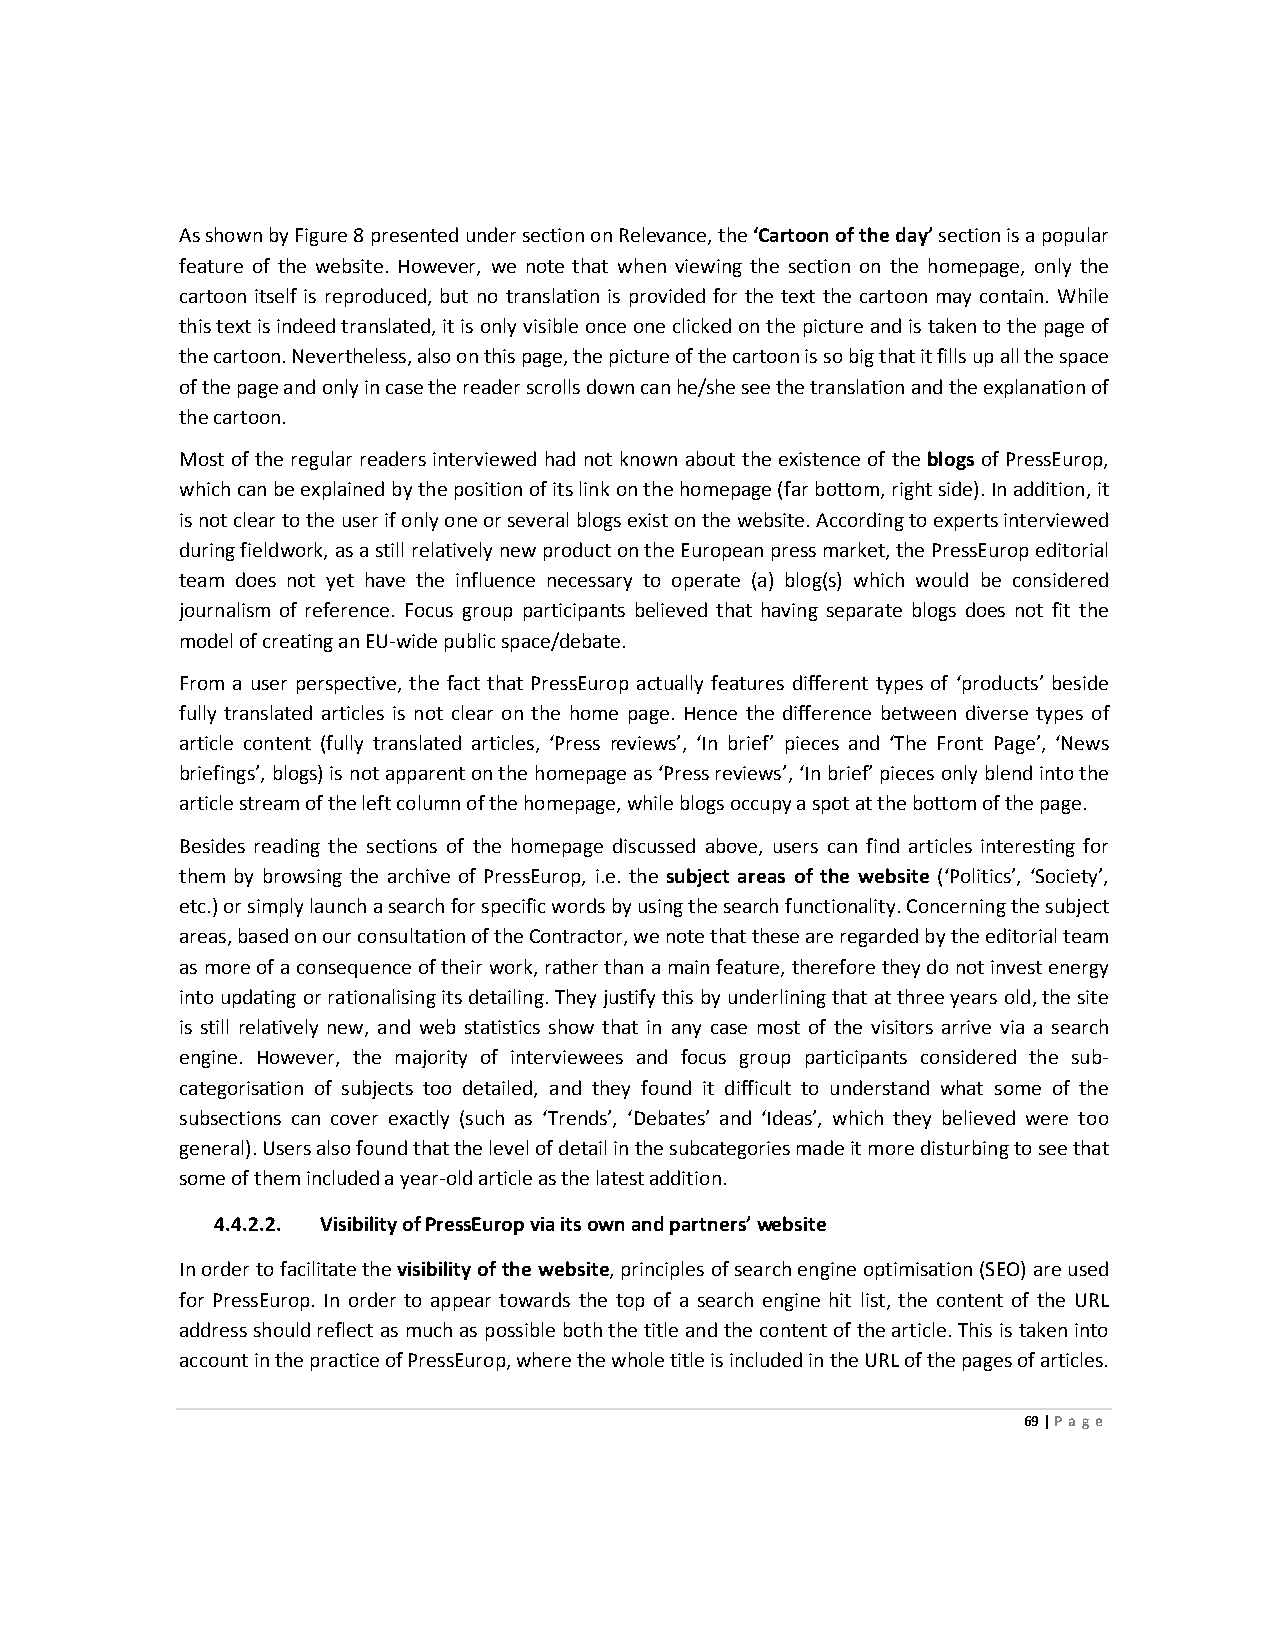
As shown by Figure 8 presented under section on Relevance, the ‘Cartoon of the day’ section is a popular
 feature of the website. However, we note that when viewing the section on the homepage, only the
 cartoon itself is reproduced, but no translation is provided for the text the cartoon may contain. While
 this text is indeed translated, it is only visible once one clicked on the picture and is taken to the page of
 the cartoon. Nevertheless, also on this page, the picture of the cartoon is so big that it fills up all the space
 of the page and only in case the reader scrolls down can he/she see the translation and the explanation of
 the cartoon.
 Most of the regular readers interviewed had not known about the existence of the blogs of PressEurop,
 which can be explained by the position of its link on the homepage (far bottom, right side). In addition, it
 is not clear to the user if only one or several blogs exist on the website. According to experts interviewed
 during fieldwork, as a still relatively new product on the European press market, the PressEurop editorial
 team does not yet have the influence necessary to operate (a) blog(s) which would be considered
 journalism of reference. Focus group participants believed that having separate blogs does not fit the
 model of creating an EU-wide public space/debate.
 From a user perspective, the fact that PressEurop actually features different types of ‘products’ beside
 fully translated articles is not clear on the home page. Hence the difference between diverse types of
 article content (fully translated articles, ‘Press reviews’, ‘In brief’ pieces and ‘The Front Page’, ‘News
 briefings’, blogs) is not apparent on the homepage as ‘Press reviews’, ‘In brief’ pieces only blend into the
 article stream of the left column of the homepage, while blogs occupy a spot at the bottom of the page.
 Besides reading the sections of the homepage discussed above, users can find articles interesting for
 them by browsing the archive of PressEurop, i.e. the subject areas of the website (‘Politics’, ‘Society’,
 etc.) or simply launch a search for specific words by using the search functionality. Concerning the subject
 areas, based on our consultation of the Contractor, we note that these are regarded by the editorial team
 as more of a consequence of their work, rather than a main feature, therefore they do not invest energy
 into updating or rationalising its detailing. They justify this by underlining that at three years old, the site
 is still relatively new, and web statistics show that in any case most of the visitors arrive via a search
 engine. However, the majority of interviewees and focus group participants considered the sub-
 categorisation of subjects too detailed, and they found it difficult to understand what some of the
 subsections can cover exactly (such as ‘Trends’, ‘Debates’ and ‘Ideas’, which they believed were too
 general). Users also found that the level of detail in the subcategories made it more disturbing to see that
 some of them included a year-old article as the latest addition.
 4.4.2.2. Visibility of PressEurop via its own and partners’ website
 In order to facilitate the visibility of the website, principles of search engine optimisation (SEO) are used
 for PressEurop. In order to appear towards the top of a search engine hit list, the content of the URL
 address should reflect as much as possible both the title and the content of the article. This is taken into
 account in the practice of PressEurop, where the whole title is included in the URL of the pages of articles.
 69 | Page